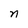
Character: n